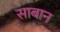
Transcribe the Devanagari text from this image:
साबान